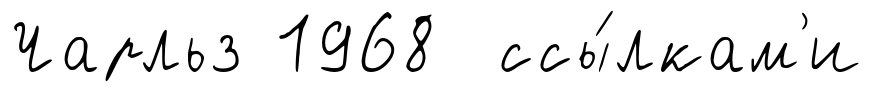
Чарльз 1968 ссы́лкам'и